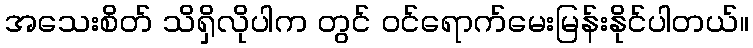
အသေးစိတ် သိရှိလိုပါက တွင် ဝင်ရောက်မေးမြန်းနိုင်ပါတယ်။